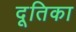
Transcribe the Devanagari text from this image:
दूतिका